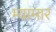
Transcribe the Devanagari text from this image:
म्यामार